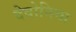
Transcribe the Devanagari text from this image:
देवोनिया